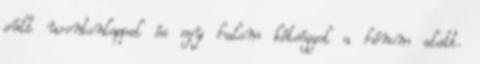
sült wontonlappal és egy halom kétséggel a hónom alatt.